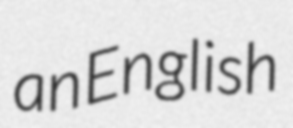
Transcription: an English